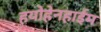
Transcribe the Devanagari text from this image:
हयोहेनहाईम